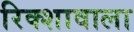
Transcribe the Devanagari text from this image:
रिक्शावाला